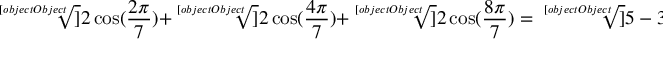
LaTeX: { \sqrt [ [object Object] ] { 2 \cos ( { \frac { 2 \pi } { 7 } } ) } } + { \sqrt [ [object Object] ] { 2 \cos ( { \frac { 4 \pi } { 7 } } ) } } + { \sqrt [ [object Object] ] { 2 \cos ( { \frac { 8 \pi } { 7 } } ) } } = { \sqrt [ [object Object] ] { 5 - 3 { \sqrt [ [object Object] ] { 7 } } } }